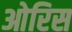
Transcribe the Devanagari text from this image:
ओरिस